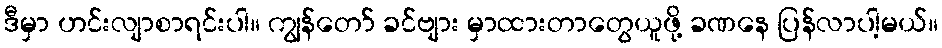
ဒီမှာ ဟင်းလျာစာရင်းပါ။ ကျွန်တော် ခင်ဗျား မှာထားတာတွေယူဖို့ ခဏနေ ပြန်လာပါ့မယ်။